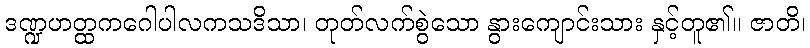
ဒဏ္ဍဟတ္ထကဂေါပါလကသဒိသာ၊ တုတ်လက်စွဲသော နွားကျောင်းသား နှင့်တူ၏။ ဇာတိ၊